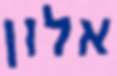
אלון